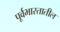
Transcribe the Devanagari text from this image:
पूर्वभारतातील